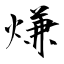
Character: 熑